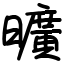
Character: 曠